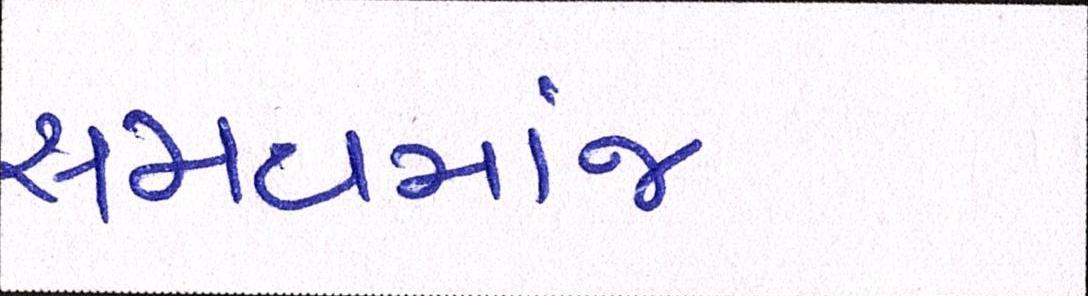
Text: સમયમાંજ